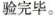
验完毕。